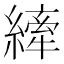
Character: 縴